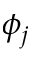
\phi _ { j }